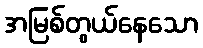
အမြစ်တွယ်နေသော